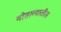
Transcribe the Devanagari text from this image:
गोसाव्यातील